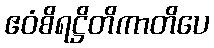
ဧဝံစိရဋ္ဌိတိကာတိပေ